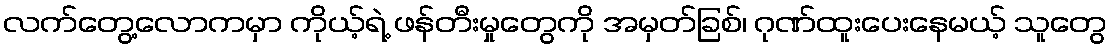
လက်တွေ့လောကမှာ ကိုယ့်ရဲ့ ဖန်တီးမှုတွေကို အမှတ်ခြစ်၊ ဂုဏ်ထူးပေးနေမယ့် သူတွေ